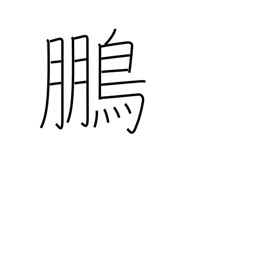
Meaning: phoenix